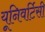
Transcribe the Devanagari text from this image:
यूनिवर्टिसी